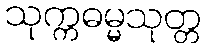
သုက္ကဓမ္မသုတ္တ